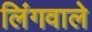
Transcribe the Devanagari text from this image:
लिंगवाले